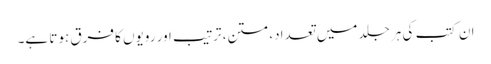
ان کتب کی ہر جلد میں تعداد، متن، ترتیب اور رویوں کا فرق ہوتا ہے۔